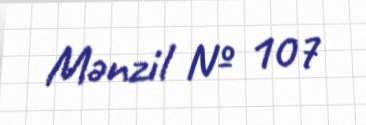
Mənzil № 107